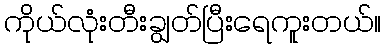
ကိုယ်လုံးတီးချွတ်ပြီးရေကူးတယ်။